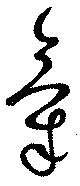
気